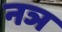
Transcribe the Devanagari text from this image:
नञ